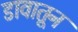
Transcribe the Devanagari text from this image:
डावातून